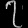
Digit: ၇